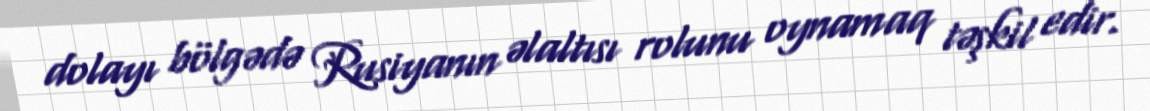
dolayı bölgədə Rusiyanın əlaltısı rolunu oynamaq təşkil edir.